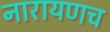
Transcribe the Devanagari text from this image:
नारायणच